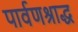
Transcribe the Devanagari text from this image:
पार्वणश्राद्ध